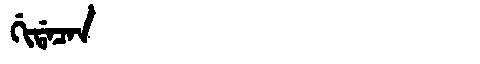
Manchu: ᡤᡳᡩᠠᠴᠠᠨ
Romanization: GIDACAN